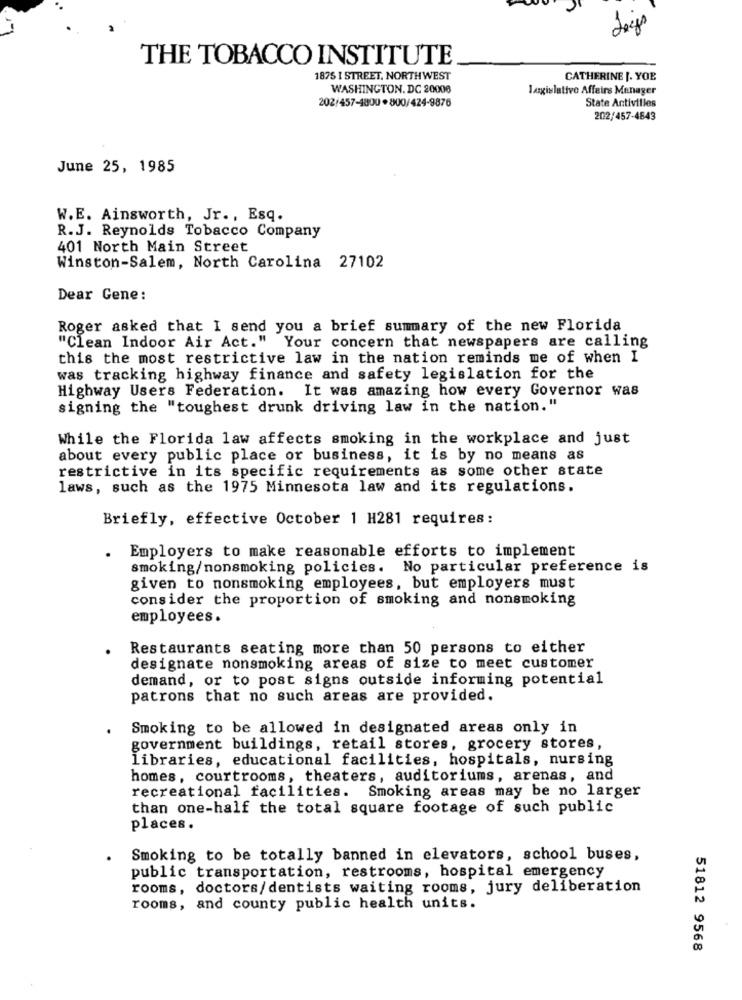
THE TOBACCO INSTITUTE
1875 I STREET, NORTHWEST
CATHERINE [. YOE
WASHINGTON, DC 20006
Jagislative Affairs Manager
202/457-4800 *800/424-9876
State Activilles
202/457-4843
June 25, 1985
W.E. Ainsworth, Jr ., Esq.
R.J. Reynolds Tobacco Company
401 North Main Street
Winston-Salem, North Carolina 27102
Dear Gene:
Roger asked that I send you a brief summary of the new Florida
"Clean Indoor Air Act." Your concern that newspapers are calling
this the most restrictive law in the nation reminds me of when I
was tracking highway finance and safety legislation for the
Highway Users Federation. It was amazing how every Governor was
signing the "toughest drunk driving law in the nation."
While the Florida law affects smoking in the workplace and just
about every public place or business, it is by no means as
restrictive in its specific requirements as some other state
laws, such as the 1975 Minnesota law and its regulations.
Briefly, effective October 1 H281 requires:
Employers to make reasonable efforts to implement
.
smoking/nonsmoking policies. No particular preference is
given to nonsmoking employees, but employers must
consider the proportion of smoking and nonsmoking
employees.
Restaurants seating more than 50 persons to either
designate nonsmoking areas of size to meet customer
demand, or to post signs outside informing potential
patrons that no such areas are provided.
Smoking to be allowed in designated areas only in
government buildings, retail stores, grocery stores,
libraries, educational facilities, hospitals, nursing
homes, courtrooms, theaters, auditoriums, arenas, and
Smoking areas may be no larger
recreational facilities. S
than one-half the total square footage of such public
places.
Smoking to be totally banned in elevators, school buses,
public transportation, restrooms, hospital emergency
rooms, doctors/dentists waiting rooms, jury deliberation
rooms, and county public health units.
51812 9568